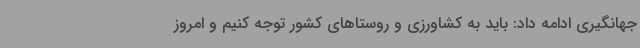
جهانگیری ادامه داد: باید به کشاورزی و روستاهای کشور توجه کنیم و امروز